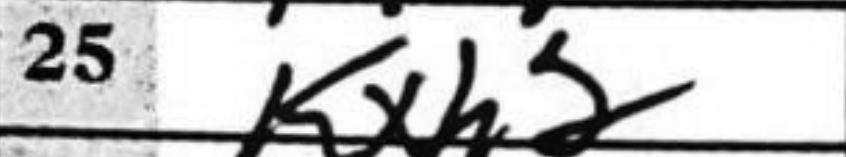
Transcription: Kxh2